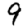
Digit: 9